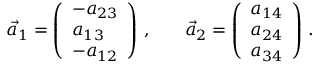
\begin{array} { r l r } { \vec { a } _ { 1 } = \left( \begin{array} { l } { - a _ { 2 3 } } \\ { a _ { 1 3 } } \\ { - a _ { 1 2 } } \end{array} \right) \, , } & { { } } & { \vec { a } _ { 2 } = \left( \begin{array} { l } { a _ { 1 4 } } \\ { a _ { 2 4 } } \\ { a _ { 3 4 } } \end{array} \right) \, . } \end{array}